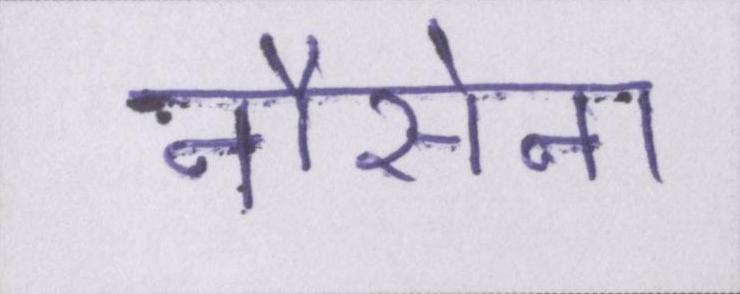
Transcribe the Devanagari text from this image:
नौसेना